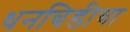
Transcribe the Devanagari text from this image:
धनचिडीचा